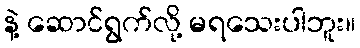
နဲ့ ဆောင်ရွက်လို့ မရသေးပါဘူး။